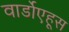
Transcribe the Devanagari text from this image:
वार्डोएहूस